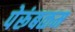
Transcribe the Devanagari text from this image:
पेरूंबळम